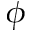
\phi